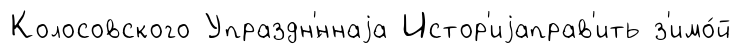
Колосовского Упраздн'́ннаjа Истор'иjаправ'ить з'имо́й